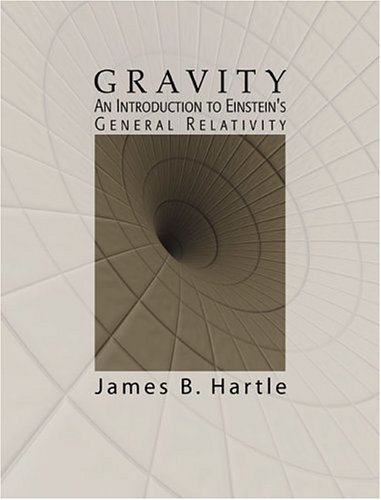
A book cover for Gravity: An Introduction to Einstein's General Relativity; James B. Hartle; Science & Math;